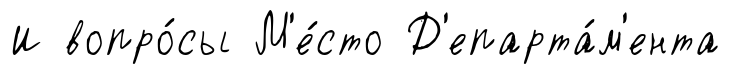
И вопро́сы М'е́сто Д'епарта́м'ента